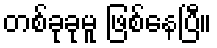
တစ်ခုခုမူ ဖြစ်နေပြီ။